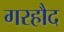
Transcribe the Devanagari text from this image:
गरहौद